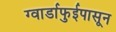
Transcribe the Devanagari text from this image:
ग्वार्डाफुईपासून